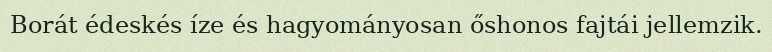
Borát édeskés íze és hagyományosan őshonos fajtái jellemzik.